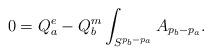
LaTeX: \begin{align*}0=Q^e_a- Q^m_b \int_{S^{p_b-p_a}}A_{p_b-p_a}.\end{align*}